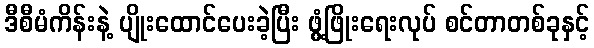
ဒီစီမံကိန်းနဲ့ ပျိုးထောင်ပေးခဲ့ပြီး ဖွံ့ဖြိုးရေးလုပ် စင်တာတစ်ခုနှင့်